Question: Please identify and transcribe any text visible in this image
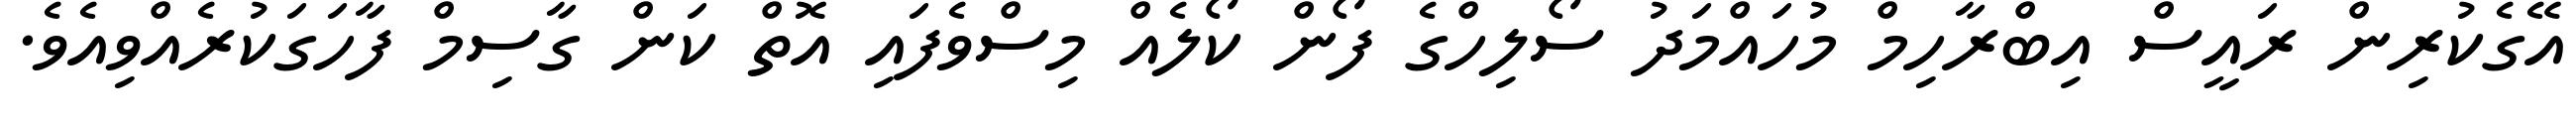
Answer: އޭގެކުރިން ރައީސް އިބްރާހިމް މުހައްމަދު ސޯލިހްގެ ފޯން ކޯލެއް މިސްވެފައި އޮތް ކަން ގާސިމް ފާހަގަކުރެއްވިއެވެ.